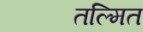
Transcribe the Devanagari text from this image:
तल्मित